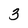
Character: 3